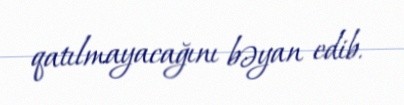
qatılmayacağını bəyan edib.